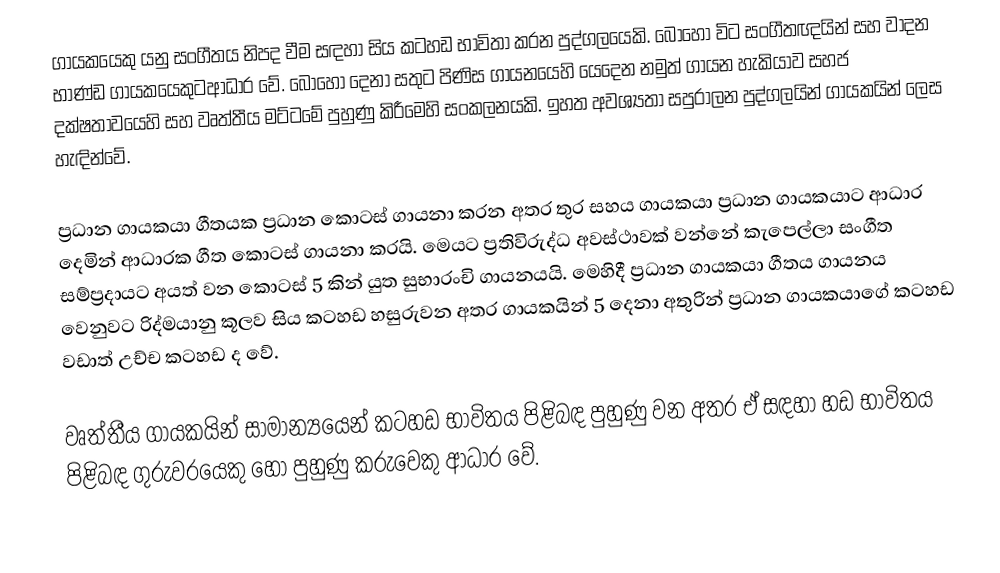
ගායකයෙකු යනු සංගීතය නිපද වීම සඳහා සිය කටහඩ භාවිතා කරන පුද්ගලයෙකි. බොහෝ විට සංගීතඥයින් සහ වාදන භාණ්ඩ ගායකයෙකුට‍ආධාර වේ. බොහෝ දෙනා සතුට පිණිස ගායනයෙහි යෙදෙන නමුත් ගායන හැකියාව සහජ දක්ෂතාවයෙහි සහ වෘත්තීය මට්ටමේ පුහුණු කිරීමෙහි සංකලනයකි. ඉහත අවශ්‍යතා සපුරාලන පුද්ගලයින් ගායකයින් ලෙස හැඳින්වේ.

ප්‍රධාන ගායකයා ගීතයක ප්‍රධාන කොටස් ගායනා කරන අතර තුර සහය ගායකයා ප්‍රධාන ගායකයාට ආධාර දෙමින් ආධාරක ගීත කොටස් ගායනා කරයි. මෙයට ප්‍රතිවිරුද්ධ අවස්ථාවක් වන්නේ  කැපෙල්ලා සංගීත සම්ප්‍රදායට අයත් වන කොටස් 5 කින් යුත‍් ‍සුභාරංචි ගායනයයි. මෙහිදී ප්‍රධාන ගායක‍යා ගීතය ‍ගායනය ‍වෙනුවට රිද්මයානු කූලව සිය කටහඩ හසුරුවන අතර ගායකයින් 5 දෙනා අතුරින් ප්‍රධාන ගායකයාගේ කටහඩ වඩාත් උච්ච කටහඩ ද වේ.

වෘත්තීය ගායකයින් සාමාන්‍ය‍‍‍යෙන් කටහඩ භාවිතය පිළිබඳ පුහුණු වන අතර ඒ සඳහා හඩ භාවිතය පිළිබඳ ගුරුවරයෙකු  හෝ පුහුණු කරුවෙකු ආධාර වේ.